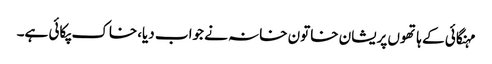
مہنگائی کے ہاتھوں پریشان خاتون خانہ نے جواب دیا،خاک پکائی ہے۔